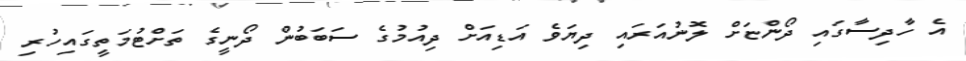
އެ ހާދިސާގައި ދޯންޏަށް ލޮނުއަރައި ދިޔަވެ އަޑިއަށް ދިއުމުގެ ސަބަބުން ދޯނީގެ ތަށްޓުމަތީގައިހުރި